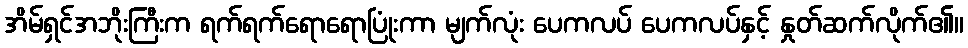
အိမ်ရှင်အဘိုးကြီးက ရက်ရက်ရောရောပြုံးကာ မျက်လုံး ပေကလပ် ပေကလပ်နှင့် နှုတ်ဆက်လိုက်၏။